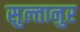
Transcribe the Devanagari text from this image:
सुल्तानुर